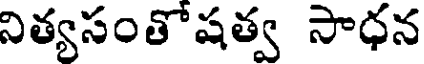
నిత్యసంతోషత్వ సాధన